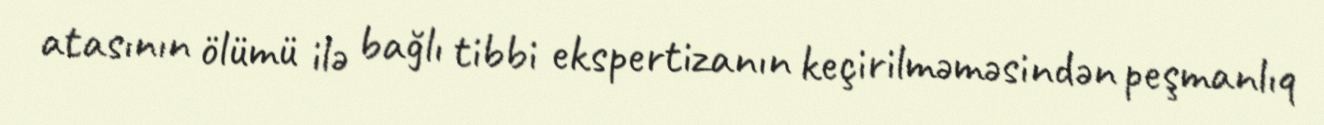
atasının ölümü ilə bağlı tibbi ekspertizanın keçirilməməsindən peşmanlıq